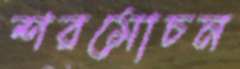
শরমোচন